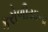
કરોળીયાના